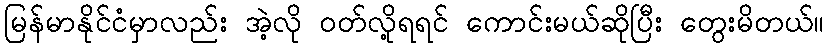
မြန်မာနိုင်ငံမှာလည်း အဲ့လို ဝတ်လို့ရရင် ကောင်းမယ်ဆိုပြီး တွေးမိတယ်။